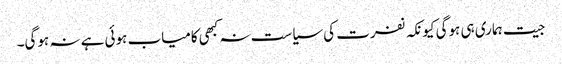
جیت ہماری ہی ہوگی کیونکہ نفرت کی سیاست نہ کبھی کامیاب ہوئی ہے نہ ہوگی۔